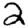
Digit: 2